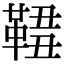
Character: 𩋓